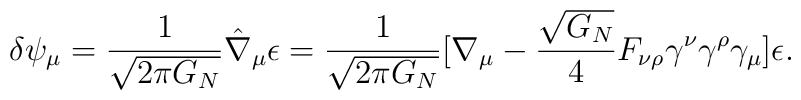
\delta\psi_{\mu} ={1\over\sqrt{2\pi G_N}}\hat{\nabla}_{\mu}\epsilon={1\over\sqrt{2\pi G_N}}[\nabla_{\mu}-{\sqrt{G_N}\over 4}F_{\nu\rho}\gamma^{\nu}\gamma^{\rho}\gamma_{\mu}]\epsilon.